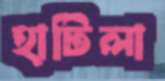
হাটিলা